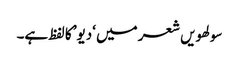
سولھویں شعر میں ‘دیو’ کا لفظ ہے۔